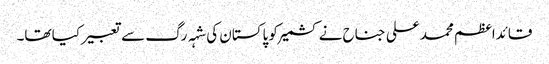
قائداعظم محمد علی جناح نے کشمیر کو پاکستان کی شہہ رگ سے تعبیر کیا تھا۔